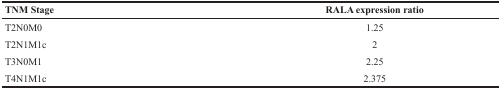
<table><thead><tr><td><b>TNM Stage</b></td><td><b>RALA expression ratio</b></td></tr></thead><tbody><tr><td>T2N0M0</td><td>1.25</td></tr><tr><td>T2N1M1c</td><td>2</td></tr><tr><td>T3N0M1</td><td>2.25</td></tr><tr><td>T4N1M1c</td><td>2.375</td></tr></tbody></table>